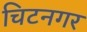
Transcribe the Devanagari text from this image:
चिटनगर